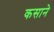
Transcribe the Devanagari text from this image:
कसाने